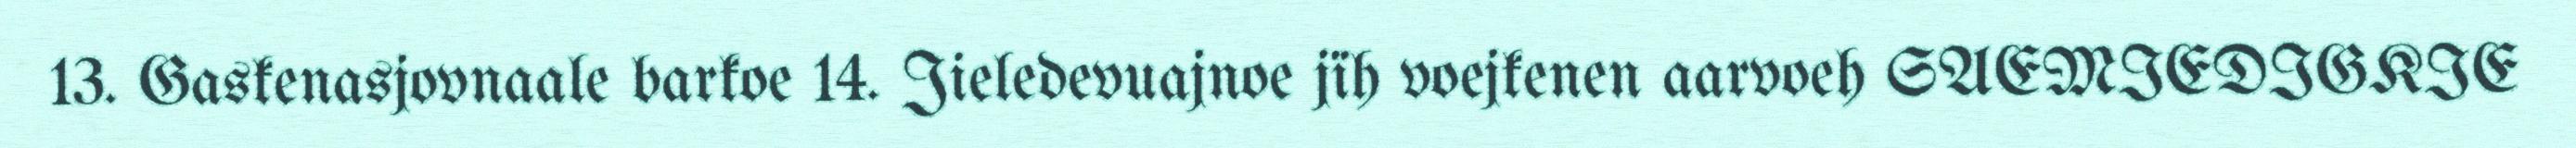
13. Gaskenasjovnaale barkoe 14. Jieledevuajnoe jïh voejkenen aarvoeh SAEMIEDIGKIE